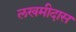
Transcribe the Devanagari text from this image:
लखमीदास